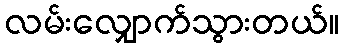
လမ်းလျှောက်သွားတယ်။